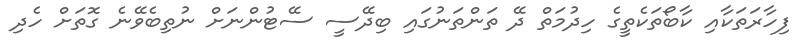
ފިހާރަތަކާއި ކާބޯތަކެތީގެ ހިދުމަތް ދޭ ތަންތަނުގައި ބިދޭސީ ސޭޓުންނަށް ނުތިބެވޭނެ ގޮތަށް ހެދި